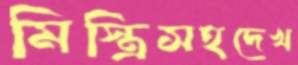
মিস্ত্রিসহদেখ